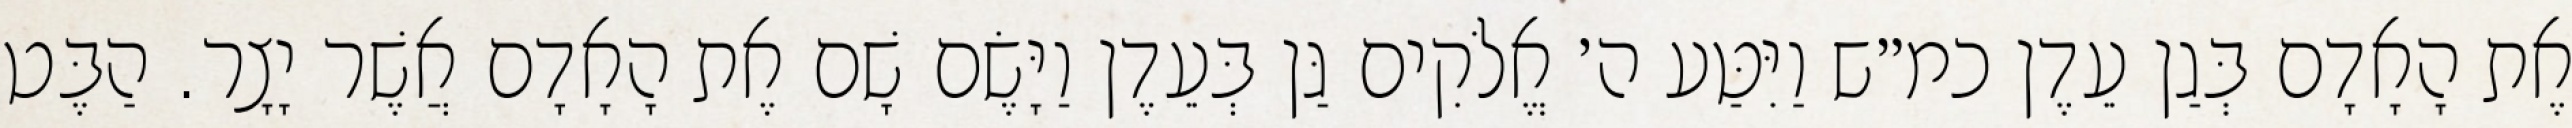
אֶת הָאָדָם בְּגַן עֵדֶן כמ״ש וַיִּטַּע ה׳ אֱלֹקִים גַּן בְּעֵדֶן וַיָּשֶׂם שָׁם אֶת הָאָדָם אֲשֶׁר יָצָר. הַבֶּט